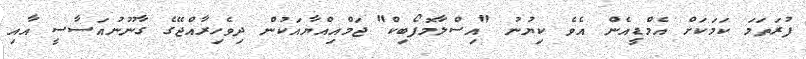
ފުރަތަމަ ކަމަކަށް އެމްޑީއެން އެވެ ކިޔުނު "އިސްލާމޮފޯބިކް" ޖަމްއިއްޔާއަކުން ދިވެހިރާއްޖޭގެ ގާނޫނުއަސާސީ އާއި